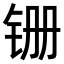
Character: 𫟶